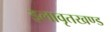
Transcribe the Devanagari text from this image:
इलावृतखण्ड